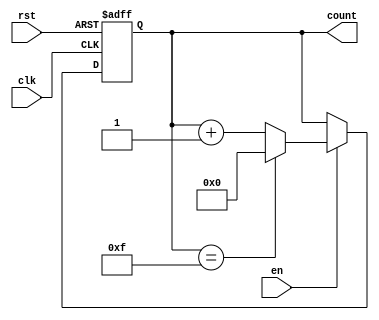
module MemoryBlocksUpCounter #(
    parameter INIT_VAL = 0,     // Initial value of the counter
    parameter MAX_VAL = 15       // Maximum value of the counter
)(
    input wire clk,              // Clock input
    input wire rst,              // Reset signal (active high)
    input wire en,               // Enable signal (active high)
    output reg [$clog2(MAX_VAL+1)-1:0] count // Current count value
);

    // Always block triggered on rising edge of the clock
    always @(posedge clk or posedge rst) begin
        if (rst) begin
            // If reset is high, set count to initial value
            count <= INIT_VAL;
        end else if (en) begin
            // If enabled, increment count
            if (count == MAX_VAL) begin
                // Wrap around to initial value if max is reached
                count <= INIT_VAL;
            end else begin
                // Increment count
                count <= count + 1;
            end
        end
    end
    
endmodule